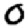
Digit: 0